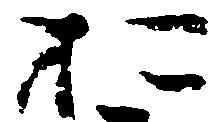
於